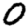
Digit: 0